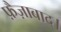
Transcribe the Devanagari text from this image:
फ़ैज़ाबाद।